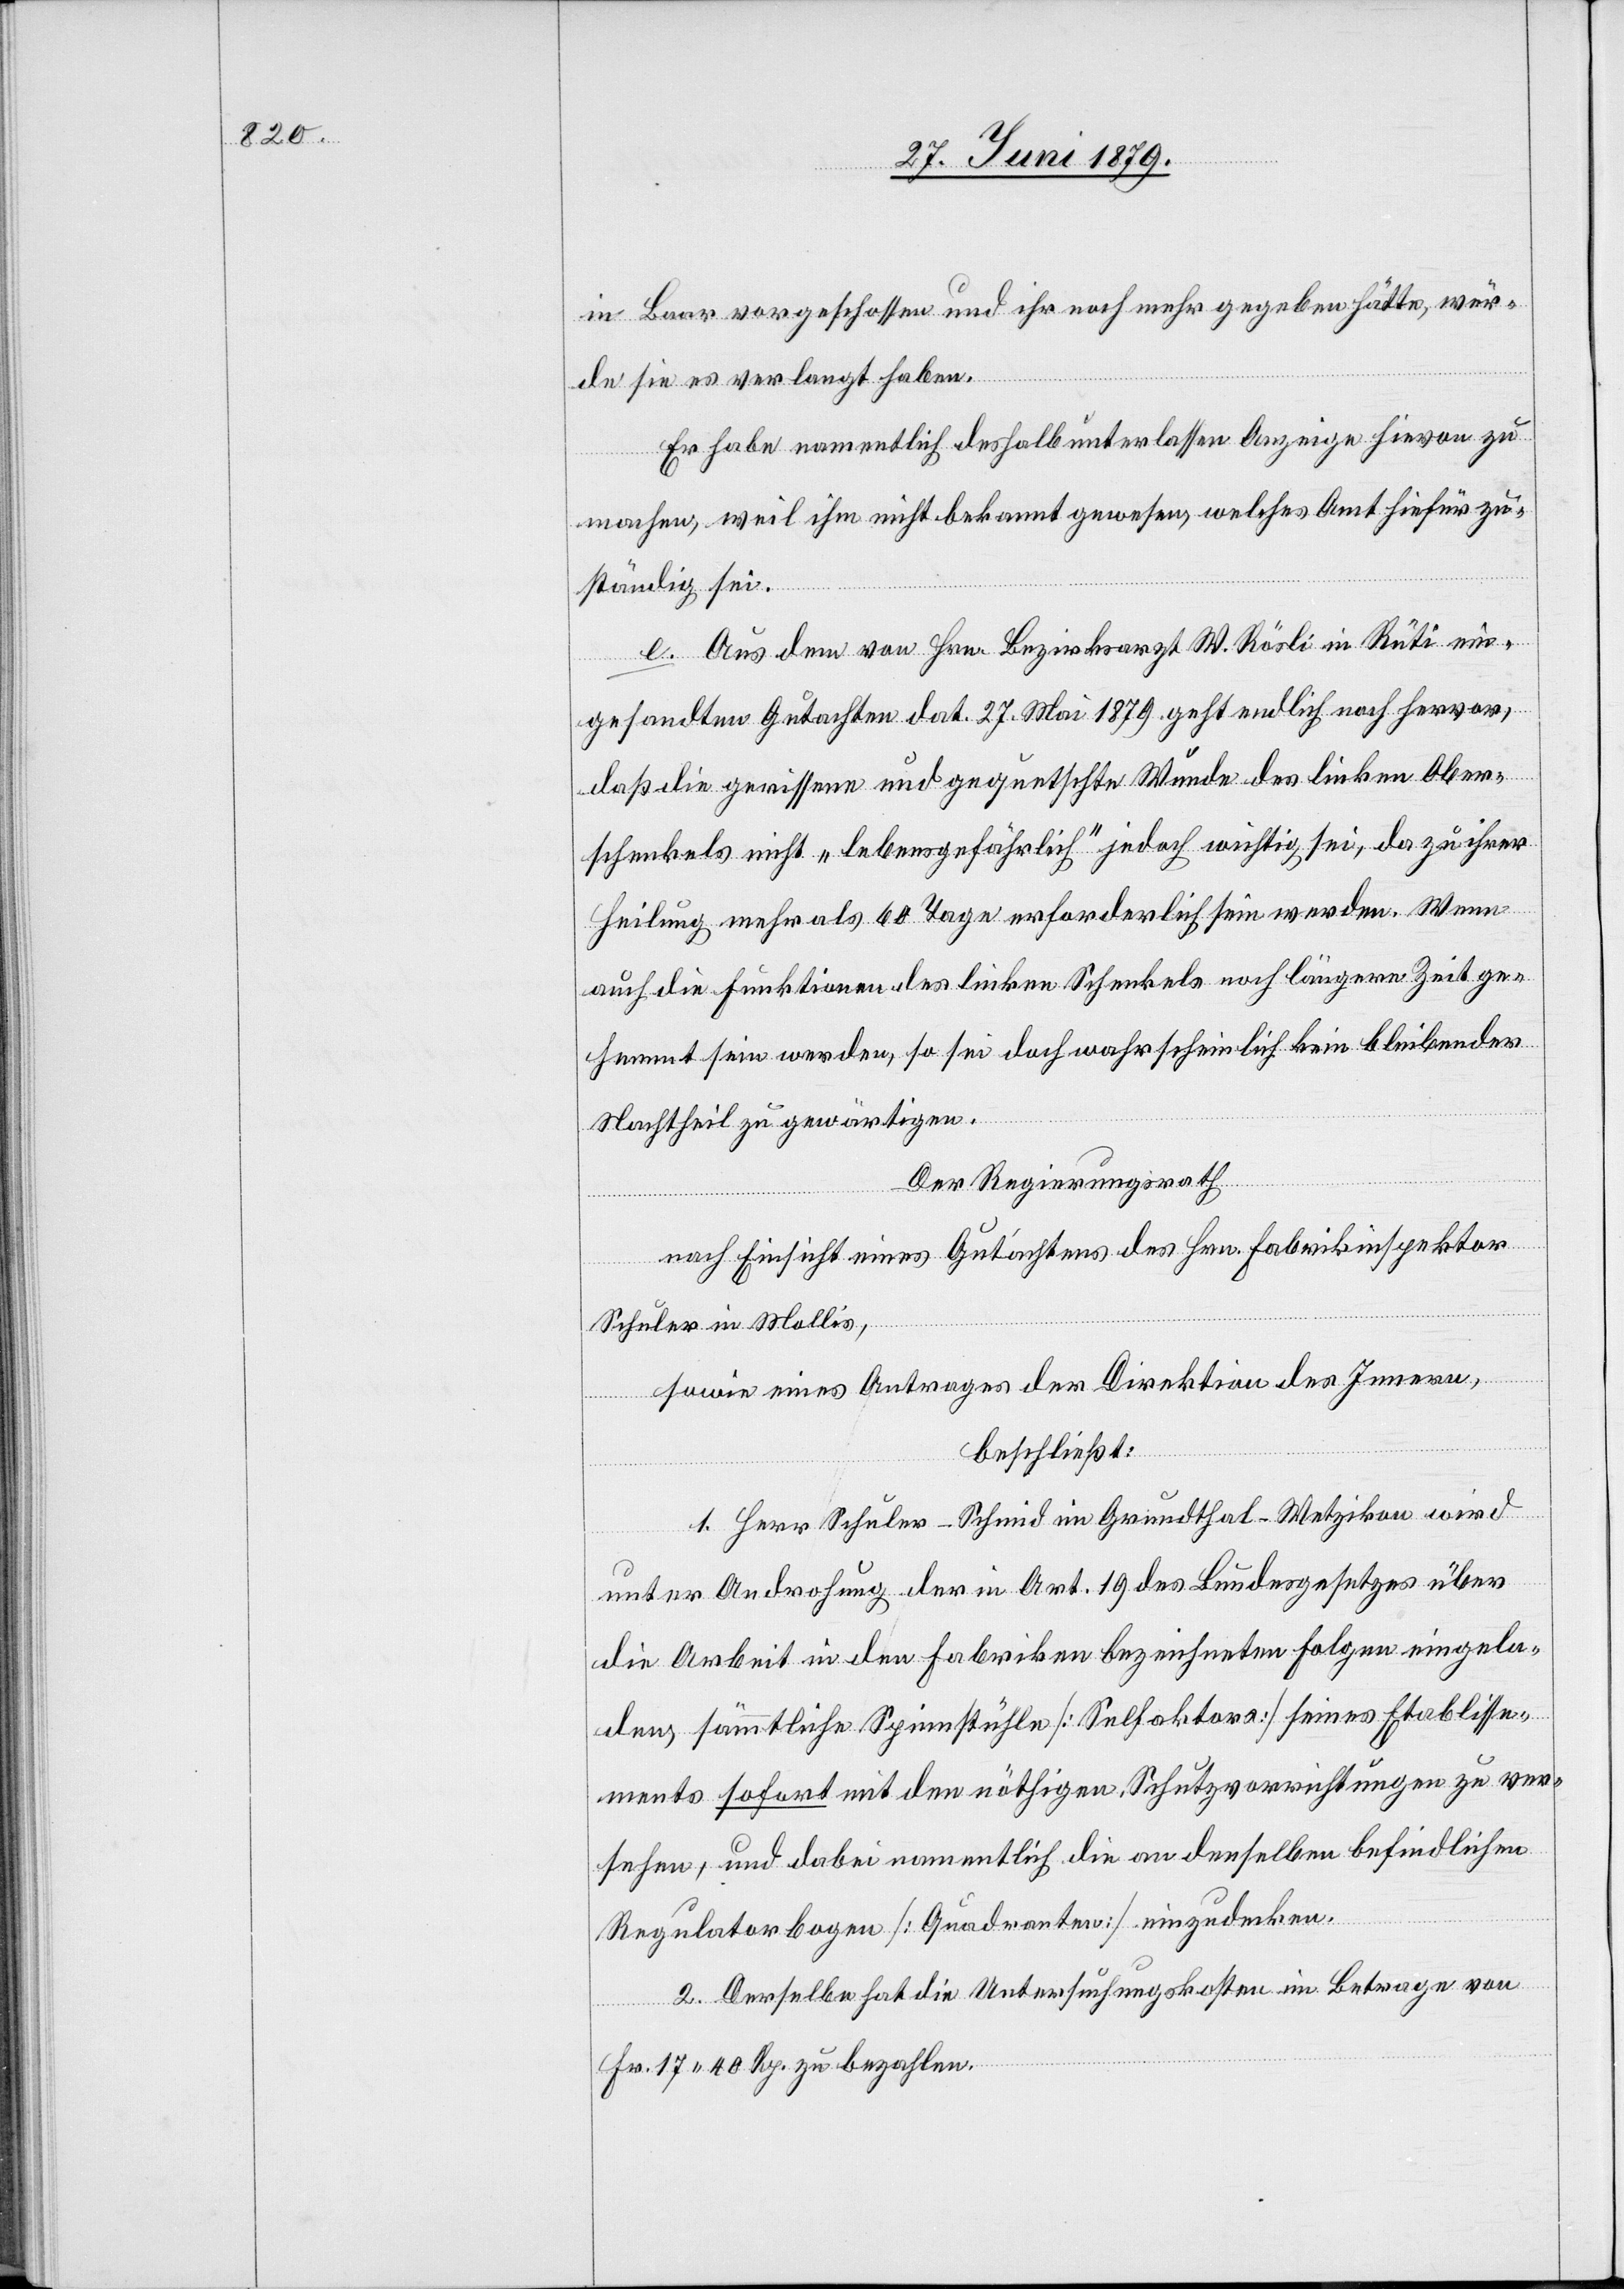
in Baar vorgeschossen und ihr noch mehr gegeben hätte, wür¬
de sie es verlangt haben.
Er habe namentlich deshalb unterlassen Anzeige hievon zu
machen, weil ihm nicht bekannt gewesen, welches Amt hiefür zu¬
ständig sei.
e. Aus dem von Hrn. Bezirksarzt W. Rösli in Rüti ein¬
gesandten Gutachten dat. 27. Mai 1879 geht endlich noch hervor,
daß die gerissene und gequetschte Wunde des linken Ober¬
schenkels nicht „lebensgefährlich“ jedoch wichtig sei, da zu ihrer
Heilung mehr als 60 Tage erforderlich sein werden. Wenn
auch die Funktionen des linken Schenkels noch längere Zeit ge¬
hemmt sein werden, so sei doch wahrscheinlich kein bleibender
Nachtheil zu gewärtigen.
Der Regierungsrath
nach Einsicht eines Gutachtens des Hrn. Fabrikinspektor
Schuler in Mollis,
sowie eines Antrages der Direktion des Innern,
beschließt:
1. Herr Schuler-Schmid im Grundthal - Wetzikon wird
unter Androhung der in Art. 19 des Bundesgesetzes über
die Arbeit in den Fabriken bezeichneten Folgen eingela¬
den, sämmtliche Spinnstühle [Selfaktors] seines Etablisse¬
ments sofort mit den nöthigen Schutzvorrichtungen zu ver¬
sehen, und dabei namentlich die an denselben befindlichen
Regulatorbogen [Quadranten] einzudecken.
2. Derselbe hat die Untersuchungskosten im Betrage von
Fr. 17 40 Rp. zu bezahlen.